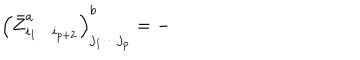
\left( \bar { Z } _ { i _ { 1 } \cdots i _ { p + 2 } } ^ { a } \right) _ { j _ { 1 } \cdots j _ { p } } ^ { b } = -